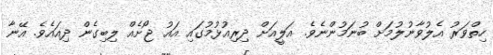
ހިތްވަރު އެލުވާނުލުމަށް ބުނަމުންނެވެ. އަލީއަށް ދިރިއުޅުމުގައި އައު ޖޯށެއް ލިބިގެން ދިއައެވެ. އޭނާ